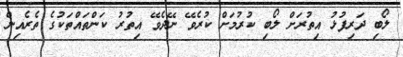
ލޯބި ދަރިފުޅު އިތުރަށް ލޯބި ކުރުމަށް ކުރެވޭ ނޭދެވޭ އިތުރު ކަންތައްތަކުގެ ތެރެއިން